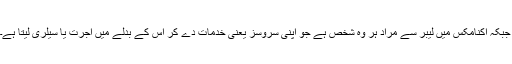
جبکہ اکنامکس میں لیبر سے مراد ہر وہ شخص ہے جو اپنی سروسز یعنی خدمات دے کر اس کے بدلے میں اجرت یا سیلری لیتا ہے۔